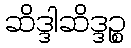
ဆိဒ္ဒါဆိဒ္ဒဉ္စ